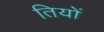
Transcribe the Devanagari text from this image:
तियों